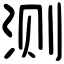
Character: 测